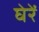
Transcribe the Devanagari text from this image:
घेरें